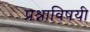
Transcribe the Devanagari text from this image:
प्रश्नाविषयी